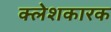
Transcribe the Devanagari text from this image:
क्लेशकारक